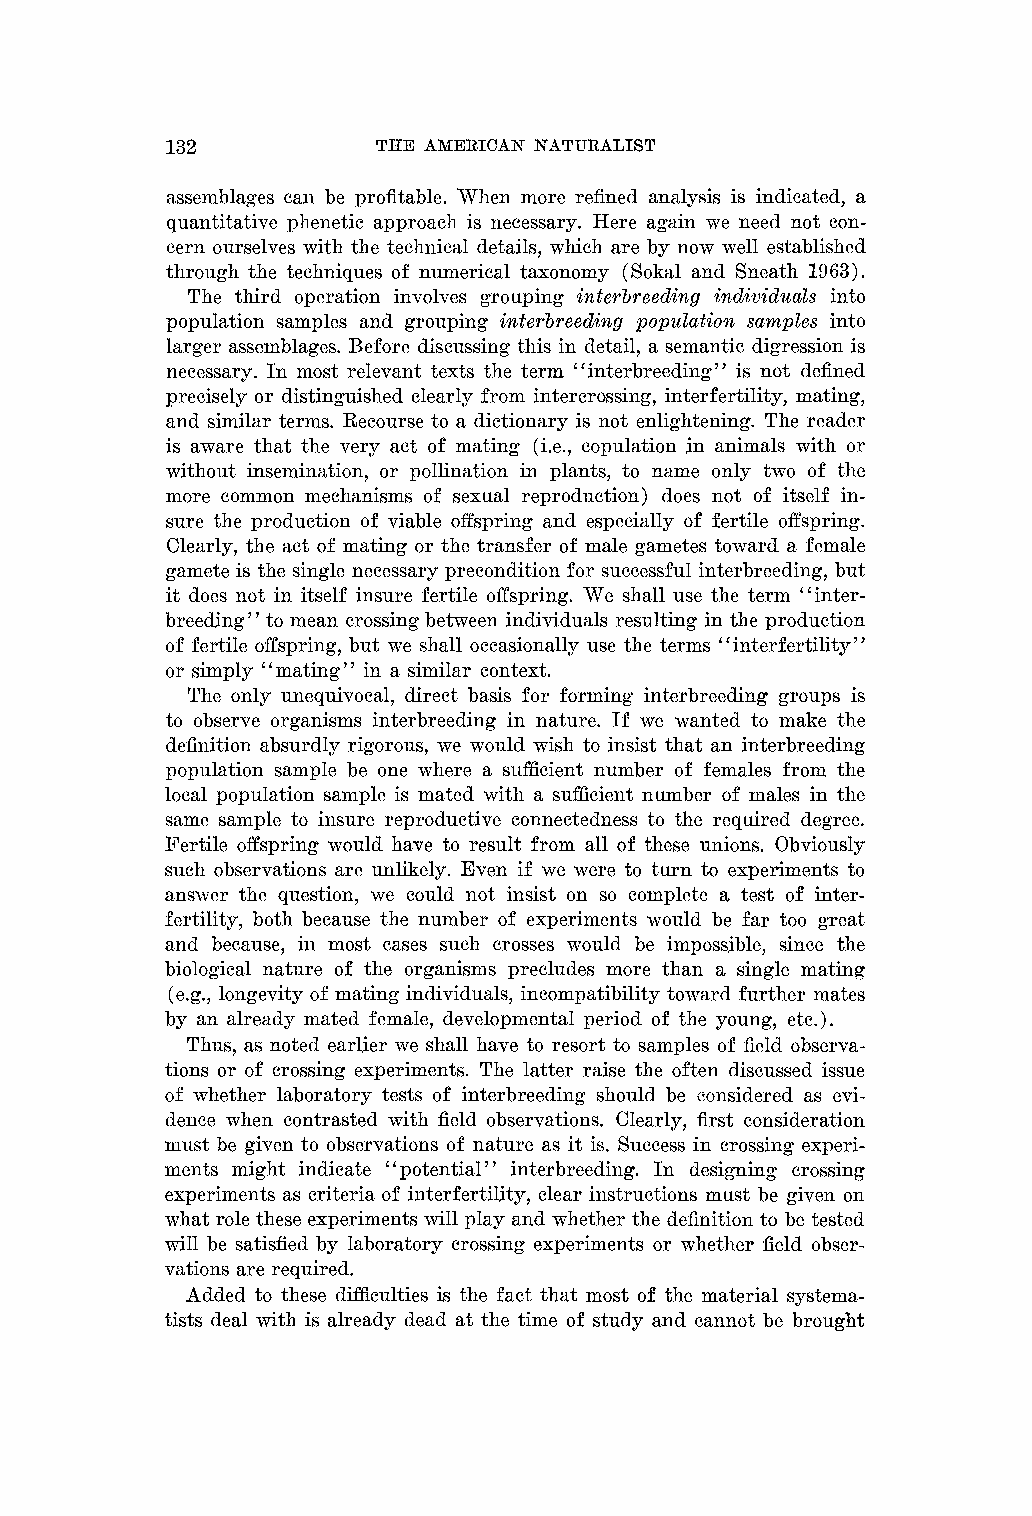
132           THE AMERICAN NATURALIST
 assemblages can be profitable. When more refined analysis is indicated, a
 quantitative pl~enetica pproacl~i s necessary. Here again me need not con-
 cern ourselves with the technical details, which are by now well established
 through the techniques of numerical taxonomy (Solial and Sneath 1963).
 The third operation involves grouping interbreeding individuals into
 population samples and grouping interbreeding popz~lation samples into
 larger assemblages. Before discussing this in detail, a semantic digression is
 necessary. In most relevant texts the term "interbreeding" is not defined
 precisely or distinguished clearly from intercrossing, interfertility, mating,
 and similar terms. Recourse to a dictionary is not enlightening. The reader
 is aware that the very act of mating (i.e., copulation in animals with or
 without insemination, or pollination in plants, to name only two of the
 more common mechanisms of sexual reproduction) does not of itself in-
 sure the production of viable offspring and especially of fertile offspring.
 Clearly, the act of mating or the transfer of male gametes toward a female
 gamete is the single necessary precondition for successful interbreeding, but
 it does not in itself insure fertile offspring. We shall use the term "inter-
 breeding" to mean crossing*b etween individuals resulting in the production
 of fertile offspring, but me shall occasionally use the terms "interfertility"
 or simply "mating" in a similar context.
 The only unequivocal, direct basis for forming interbreeding groups is
 to observe organisms interbreeding in nature. If we wanted to make the
 definition absurdly rigorous, we would wish to insist that an interbreeding
 population sample be one where a sufficient number of females from the
 local population sample is mated with a sufficient number of males in the
 same sample to insure reproductive connectedness to the required degree.
 Fertile offspring would have to result from all of these unions. Obviously
 such observations are w~likely.E ven if we were to turn to experiments to
 answer the question, sve could not insist on so complete a test of inter-
 fertility, both because the number of experiments would be far too great
 and because, in most cases such crosses would be impossible, since the
 biological nature of the organisms precludes more than a single mating
 (e.g., longevity of mating individuals, incompatibility toward further mates
 by an already mated female, developmental period of the young, etc.).
 Thus, as noted earlier we shall have to resort to samples of field observa-
 tions or of crossing experiments. The latter raise the often discussed issue
 of whether laboratory tests of interbreeding should be considered as evi-
 dence when contrasted with field observations. Clearly, first consideration
 niust be given to observations of nature as it is. Success in crossing experi-
 ments might indicate "potential" interbreeding. In designing crossing
 experiments as criteria of interfertility, clear instructions must be given on
 what role these experiments will play and whether the definition to be tested
 will be satisfied by laboratory crossing experiments or whether field obser-
 vations are required.
 Added to these difficulties is the fact that most of the material systema-
 tists deal with is already dead at the time of study and cannot be brought